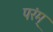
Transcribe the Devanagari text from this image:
परंम्